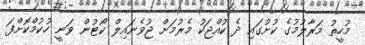
މުހީތު މަރާލުމުގެ ކުށުގައި ދެ ކުއްޖަކު މެރުމަށް ޖުވެނައިލް ކޯޓުން ވަނީ ހުކުމްކޮށްފަ